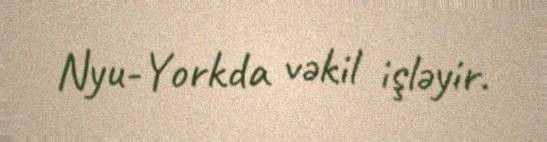
Nyu-Yorkda vəkil işləyir.